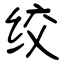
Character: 绞